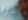
امرا